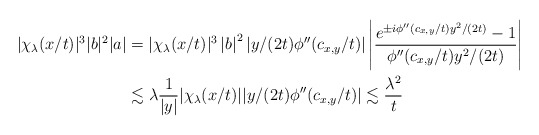
\begin{align*}|\chi_{\lambda}(x/t)|^3|b|^2|a|&=|\chi_{\lambda}(x/t)|^3\left|b\right|^2|y/(2t)\phi''(c_{x,y}/t)|\left|\frac{e^{\pm i\phi''(c_{x,y}/t)y^2/(2t)}-1}{\phi''(c_{x,y}/t)y^2/(2t)}\right|\\&\lesssim\lambda\frac{1}{|y|}|\chi_{\lambda}(x/t)||y/(2t)\phi''(c_{x,y}/t)|\lesssim \frac{\lambda^2}{t} \end{align*}